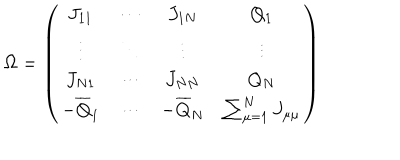
LaTeX: \Omega = \left( \begin{array} { c c c c } { { J _ { 1 1 } } } & { { \cdots } } & { { J _ { 1 N } } } & { { Q _ { 1 } } } \\ { { \vdots } } & { { \ddots } } & { { \vdots } } & { { \vdots } } \\ { { J _ { N 1 } } } & { { \cdots } } & { { J _ { N N } } } & { { Q _ { N } } } \\ { { - { \overline { { { Q } } } } _ { 1 } } } & { { \cdots } } & { { - { \overline { { { Q } } } } _ { N } } } & { { \sum _ { \mu = 1 } ^ { N } J _ { \mu \mu } } } \\ \end{array} \right)